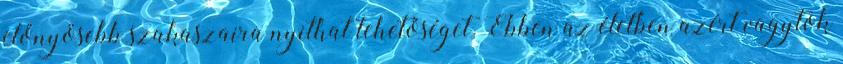
előnyösebb szakaszaira nyithat lehetőséget. Ebben az életben azért vagytok